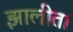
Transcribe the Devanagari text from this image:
झालीत।